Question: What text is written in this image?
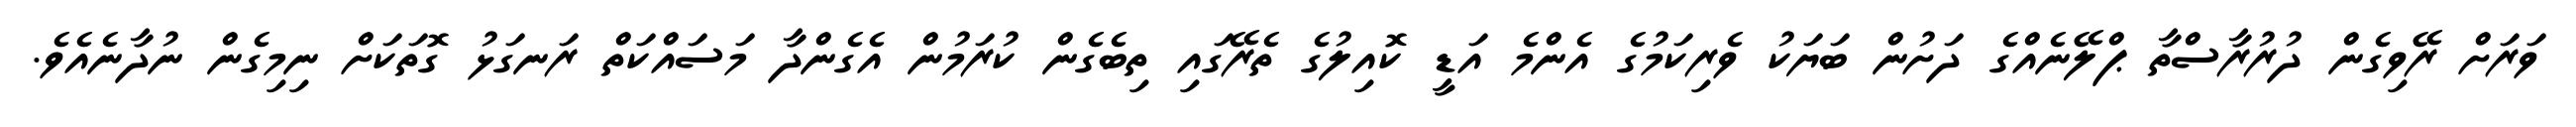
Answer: ވަރަށް ރޭވިގެން ދުރުރާސްތާ ޕްލޭނެއްގެ ދަށުން ބަޔަކު ވެރިކަމުގެ އެންމެ އަޑީ ކޮއިލުގެ ތެރޭގައި ތިބެގެން ކުރަމުން އެގެންދާ މަސައްކަތް ރަނގަޅު ގޮތަކަށް ނިމިގެން ނުދާނެއެވެ.